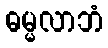
ဓမ္မလာဘံ